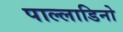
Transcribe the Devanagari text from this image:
पाल्लाडिनो